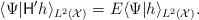
LaTeX: \begin{align*}\langle \Psi|\mathsf{H}' h\rangle_{L^{2}({\cal X})} = E\langle \Psi|h \rangle_{L^{2}({\cal X})}.\end{align*}